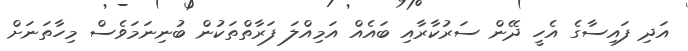
އަދި ފައިސާގެ އެހީ ދޭން ސަރުކާރާއި ބައެއް އަމިއްލަ ފަރާތްތަކުން ބުނިނަމަވެސް މިހާތަނަށް